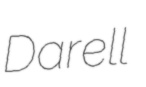
Darell